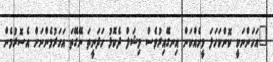
"އަހަންނަކީ ކޮންކަހަލަ މީހެއްކަން އިނގޭއިރުވެސް މިޝަލް ދެކޮޅު ހަދަނީތަ ނޭގޭތަ އަހަރުމެންނަށް އެސޮރުމެން